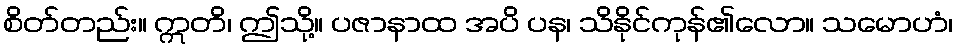
စိတ်တည်း။ ဣတိ၊ ဤသို့။ ပဇာနာထ အပိ ပန၊ သိနိုင်ကုန်၏လော။ သမောဟံ၊